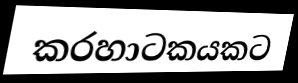
කරහාටකයකට